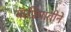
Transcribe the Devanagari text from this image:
कॅप्रियातीने